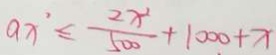
9 x ^ { 2 } \leq \frac { 2 x ^ { 2 } } { 5 0 0 } + 1 0 0 0 + x